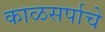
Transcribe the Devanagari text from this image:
काळसर्पाचे